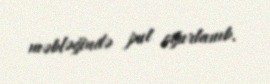
məbləğində pul oğurlanıb.